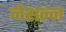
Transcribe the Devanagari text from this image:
नेशन्ज़